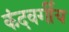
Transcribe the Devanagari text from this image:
कंदवर्गीय